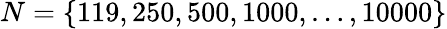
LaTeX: N=\{ 119,250,500,1000,\dots,10000\}